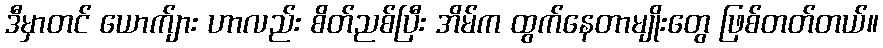
ဒီမှာတင် ယောက်ျား ဟာလည်း စိတ်ညစ်ပြီး အိမ်က ထွက်နေတာမျိုးတွေ ဖြစ်တတ်တယ်။